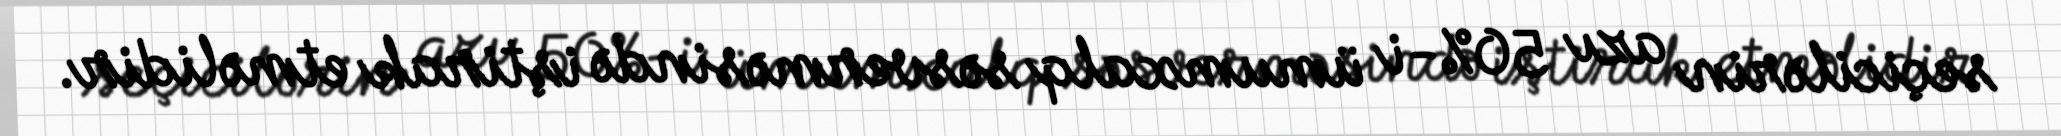
seçicilərin azı 50%-i ümumxalq səsverməsində iştirak etməlidir.